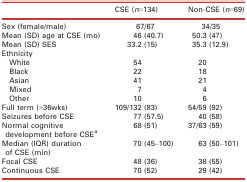
<table><thead><tr><td></td><td><b>CSE (<i>n</i>=134)</b></td><td><b>Non‐CSE (<i>n</i>=69)</b></td></tr></thead><tbody><tr><td>Sex (female/male)</td><td>67/67</td><td>34/35</td></tr><tr><td>Mean (SD) age at CSE (mo)</td><td>46 (40.7)</td><td>50.3 (47)</td></tr><tr><td>Mean (SD) SES</td><td>33.2 (15)</td><td>35.3 (12.9)</td></tr><tr><td colspan="3">Ethnicity</td></tr><tr><td>White</td><td>54</td><td>20</td></tr><tr><td>Black</td><td>22</td><td>18</td></tr><tr><td>Asian</td><td>41</td><td>21</td></tr><tr><td>Mixed</td><td>7</td><td>4</td></tr><tr><td>Other</td><td>10</td><td>6</td></tr><tr><td>Full term (&gt;36wks)</td><td>109/132 (83)</td><td>54/59 (92)</td></tr><tr><td>Seizures before CSE</td><td>77 (57.5)</td><td>40 (58)</td></tr><tr><td>Normal cognitive development before CSEa</td><td>68 (51)</td><td>37/63 (59)</td></tr><tr><td>Median (IQR) duration of CSE (min)</td><td>70 (45–100)</td><td>63 (50–101)</td></tr><tr><td>Focal CSE</td><td>48 (36)</td><td>38 (55)</td></tr><tr><td>Continuous CSE</td><td>70 (52)</td><td>29 (42)</td></tr></tbody></table>